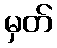
မှတ်